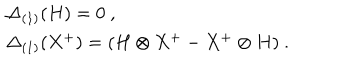
LaTeX: \begin{array} { r c l } { { } } & { { } } & { { \Delta _ { ( 1 ) } ( H ) = 0 ~ , } } \\ { { } } & { { } } & { { \Delta _ { ( 1 ) } ( X ^ { + } ) = ( H \otimes X ^ { + } - X ^ { + } \otimes H ) ~ . } } \\ \end{array}